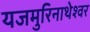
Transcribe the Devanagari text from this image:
यजमुरिनाथेश्‍वर